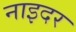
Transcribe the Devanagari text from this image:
नाइदर